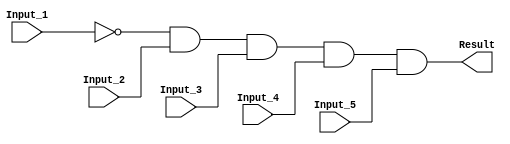
/******************************************************************************
 ** Logisim goes FPGA automatic generated Verilog code                       **
 **                                                                          **
 ** Component : AND_GATE_5_INPUTS                                            **
 **                                                                          **
 ******************************************************************************/

`timescale 1ns/1ps
module AND_GATE_5_INPUTS( Input_1,
                          Input_2,
                          Input_3,
                          Input_4,
                          Input_5,
                          Result);

   /***************************************************************************
    ** Here all module parameters are defined with a dummy value             **
    ***************************************************************************/
   parameter BubblesMask = 1;


   /***************************************************************************
    ** Here the inputs are defined                                           **
    ***************************************************************************/
   input  Input_1;
   input  Input_2;
   input  Input_3;
   input  Input_4;
   input  Input_5;

   /***************************************************************************
    ** Here the outputs are defined                                          **
    ***************************************************************************/
   output Result;

   /***************************************************************************
    ** Here the internal wires are defined                                   **
    ***************************************************************************/
   wire s_real_input_1;
   wire s_real_input_2;
   wire s_real_input_3;
   wire s_real_input_4;
   wire s_real_input_5;
   wire[4:0] s_signal_invert_mask;


   /***************************************************************************
    ** Here the bubbles are processed                                        **
    ***************************************************************************/
   assign s_signal_invert_mask = BubblesMask;
   assign s_real_input_1 = (s_signal_invert_mask[0]) ? ~Input_1: Input_1;
   assign s_real_input_2 = (s_signal_invert_mask[1]) ? ~Input_2: Input_2;
   assign s_real_input_3 = (s_signal_invert_mask[2]) ? ~Input_3: Input_3;
   assign s_real_input_4 = (s_signal_invert_mask[3]) ? ~Input_4: Input_4;
   assign s_real_input_5 = (s_signal_invert_mask[4]) ? ~Input_5: Input_5;

   /***************************************************************************
    ** Here the functionality is defined                                     **
    ***************************************************************************/
   assign Result = s_real_input_1 &
                   s_real_input_2 &
                   s_real_input_3 &
                   s_real_input_4 &
                   s_real_input_5;


endmodule